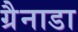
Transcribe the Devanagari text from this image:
ग्रैनाडा